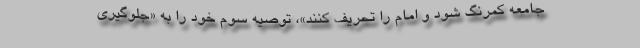
جامعه کمرنگ شود و امام را تحریف کنند»، توصیه سوم خود را به «جلوگیری